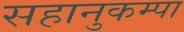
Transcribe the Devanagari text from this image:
सहानुकम्पा